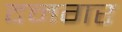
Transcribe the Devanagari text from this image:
दनगर